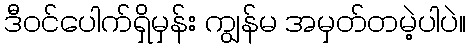
ဒီဝင်ပေါက်ရှိမှန်း ကျွန်မ အမှတ်တမဲ့ပါပဲ။